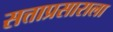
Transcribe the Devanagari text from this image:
सत्ताप्रसाराला